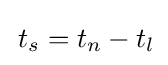
\,t_{s}=t_{n}-t_{l}